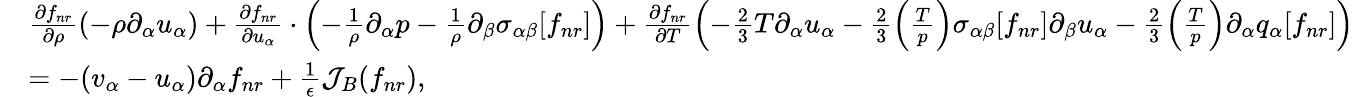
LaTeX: \begin{array}{rl}&{\frac{\partial f_{nr}}{\partial\rho}\left(-\rho\partial_{\alpha}u_{\alpha}\right)+\frac{\partial f_{nr}}{\partial u_{\alpha}}\cdot\left(-\frac{1}{\rho}\partial_{\alpha}p-\frac{1}{\rho}\partial_{\beta}{\sigma}_{\alpha\beta}[f_{nr}]\right)+\frac{\partial f_{nr}}{\partial T}\left(-\frac{2}{3}T\partial_{\alpha}u_{\alpha}-\frac{2}{3}\left(\frac{T}{p}\right){\sigma}_{\alpha\beta}[f_{nr}]\partial_{\beta}u_{\alpha}-\frac{2}{3}\left(\frac{T}{p}\right)\partial_{\alpha}q_{\alpha}[f_{nr}]\right)}\\ &{=-(v_{\alpha}-u_{\alpha})\partial_{\alpha}f_{nr}+\frac{1}{\epsilon}\mathcal{J}_{B}(f_{nr}),}\end{array}